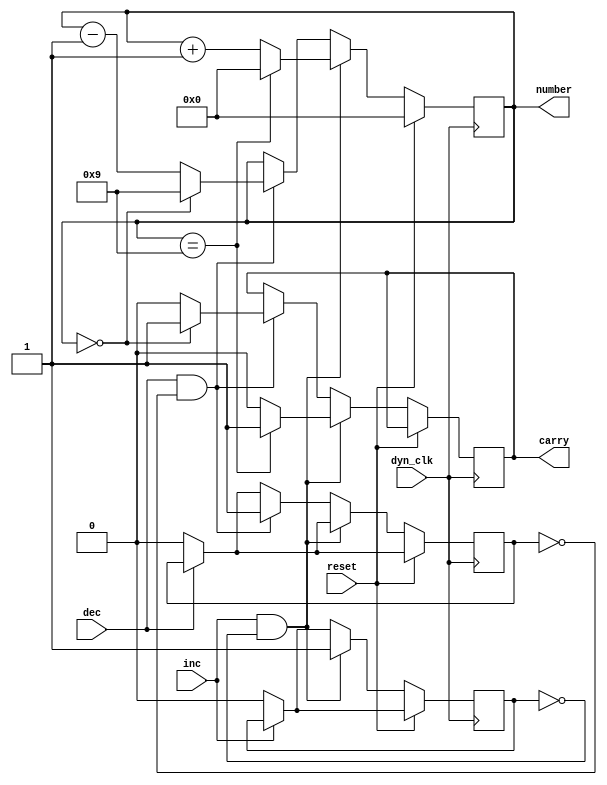
////////////////////////////////////////////////////////////////////////////////
// Company:     Ridotech
// Module Name: dynamicNumber.v
//
// Description: Dynamic for a number.
//
// Dependencies: 
//
// Revisions: 
//     0.01 - File created.
//
// Additional Comments:
//
////////////////////////////////////////////////////////////////////////////////
module dynamicNumber (
    input  wire        dyn_clk,    // Dynamic clock.
    input  wire        reset,      // Back to zero.
    input  wire        inc,        // Increment number.
    input  wire        dec,        // Decrement number.
    output wire  [3:0] number,     // Output number.
    output wire        carry       // Zero after new increment (carry).
);

// Registers.
reg [3:0] counter = 0;
reg stop_inc = 1'b0;
reg stop_dec = 1'b0;
reg carry_out = 1'b0;

// Assign outputs.
assign number = counter;
assign carry = carry_out;

always @(posedge dyn_clk)
begin
    if (~inc) stop_inc <= 1'b0;
    if (~dec) stop_dec <= 1'b0;
    if (reset)
        counter <= 0;
    else if (inc && ~stop_inc)
        begin
        stop_inc <= 1'b1;
        if (counter == 9)
            begin
                counter <= 0;
                carry_out <= 1'b1;
            end
        else
            begin
            counter <= counter+1;
            carry_out <= 1'b0;
            end
        end
    else if (dec && ~stop_dec)
        begin
        stop_dec <= 1'b1;
        if (counter == 0)
            begin
            counter <= 9;
            carry_out <= 1'b1;
            end
        else
            begin
            counter <= counter-1;
            carry_out <= 1'b0;
            end
        end
end

endmodule